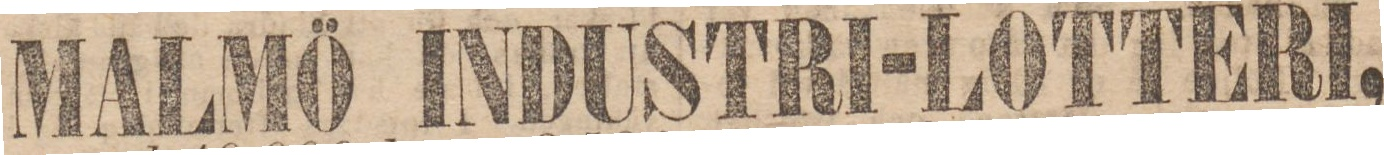
MALMÖ INDUSTRI-LOTTERI,